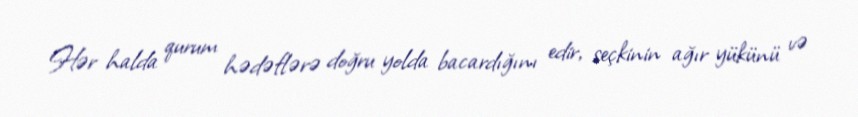
Hər halda qurum hədəflərə doğru yolda bacardığını edir, seçkinin ağır yükünü və